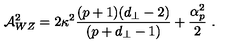
{ \cal A } _ { W Z } ^ { 2 } = 2 \kappa ^ { 2 } \frac { ( p + 1 ) ( d _ { \perp } - 2 ) } { ( p + d _ { \perp } - 1 ) } + \frac { \alpha _ { p } ^ { 2 } } { 2 } \ .